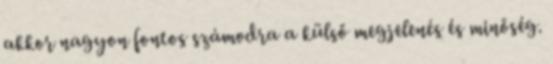
akkor nagyon fontos számodra a külső megjelenés és minőség.